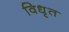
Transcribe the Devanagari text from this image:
विधृत